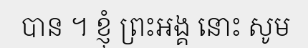
បាន ។ ខ្ញុំ ព្រះអង្គ នោះ សូម